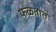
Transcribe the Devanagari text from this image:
फळतात